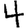
Digit: 4